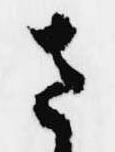
さ